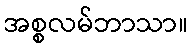
အစ္စလမ်ဘာသာ။